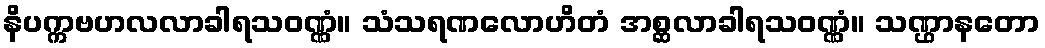
နိပက္ကဗဟလလာခါရသဝဏ္ဏံ။ သံသရဏလောဟိတံ အစ္ဆလာခါရသဝဏ္ဏံ။ သဏ္ဌာနတော